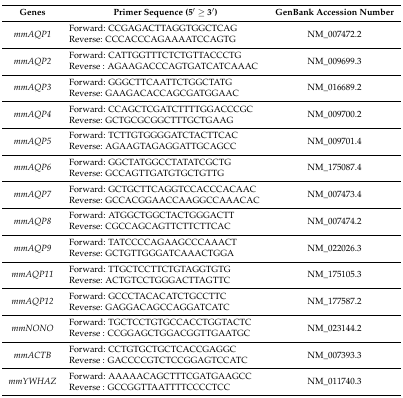
<table><thead><tr><td><b>Genes</b></td><td><b>Primer Sequence (5′ ≥ 3′)</b></td><td><b>GenBank Accession Number</b></td></tr></thead><tbody><tr><td><i>mmAQP1</i></td><td>Forward: CCGAGACTTAGGTGGCTCAGReverse: CCCACCCAGAAAATCCAGTG</td><td>NM_007472.2</td></tr><tr><td><i>mmAQP2</i></td><td>Forward: CATTGGTTTCTCTGTTACCCTGReverse : AGAAGACCCAGTGATCATCAAAC</td><td>NM_009699.3</td></tr><tr><td><i>mmAQP3</i></td><td>Forward: GGGCTTCAATTCTGGCTATGReverse: GAAGACACCAGCGATGGAAC</td><td>NM_016689.2</td></tr><tr><td><i>mmAQP4</i></td><td>Forward: CCAGCTCGATCTTTTGGACCCGCReverse: GCTGCGCGGCTTTGCTGAAG</td><td>NM_009700.2</td></tr><tr><td><i>mmAQP5</i></td><td>Forward: TCTTGTGGGGATCTACTTCACReverse: AGAAGTAGAGGATTGCAGCC</td><td>NM_009701.4</td></tr><tr><td><i>mmAQP6</i></td><td>Forward: GGCTATGGCCTATATCGCTGReverse: GCCAGTTGATGTGCTGTTG</td><td>NM_175087.4</td></tr><tr><td><i>mmAQP7</i></td><td>Forward: GCTGCTTCAGGTCCACCCACAACReverse: GCCACGGAACCAAGGCCAAACAC</td><td>NM_007473.4</td></tr><tr><td><i>mmAQP8</i></td><td>Forward: ATGGCTGGCTACTGGGACTTReverse: CGCCAGCAGTTCTTCTTCAC</td><td>NM_007474.2</td></tr><tr><td><i>mmAQP9</i></td><td>Forward: TATCCCCAGAAGCCCAAACTReverse: GCTGTTGGGATCAAACTGGA</td><td>NM_022026.3</td></tr><tr><td><i>mmAQP11</i></td><td>Forward: TTGCTCCTTCTGTAGGTGTGReverse: ACTGTCCTGGGACTTAGTTC</td><td>NM_175105.3</td></tr><tr><td><i>mmAQP12</i></td><td>Forward: GCCCTACACATCTGCCTTCReverse: GAGGACAGCCAGGATCATC</td><td>NM_177587.2</td></tr><tr><td><i>mmNONO</i></td><td>Forward: TGCTCCTGTGCCACCTGGTACTCReverse : CCGGAGCTGGACGGTTGAATGC</td><td>NM_023144.2</td></tr><tr><td><i>mmACTB</i></td><td>Forward: CCTGTGCTGCTCACCGAGGCReverse : GACCCCGTCTCCGGAGTCCATC</td><td>NM_007393.3</td></tr><tr><td><i>mmYWHAZ</i></td><td>Forward: AAAAACAGCTTTCGATGAAGCCReverse : GCCGGTTAATTTTCCCCTCC</td><td>NM_011740.3</td></tr></tbody></table>